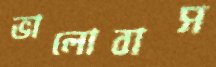
ভালোবাস